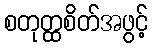
စတုတ္ထစိတ်အဖွင့်